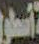
أسطول